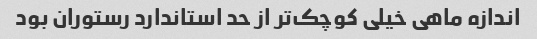
اندازه ماهی خیلی کوچک‌تر از حد استاندارد رستوران بود